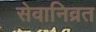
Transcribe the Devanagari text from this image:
सेवानिव्रत